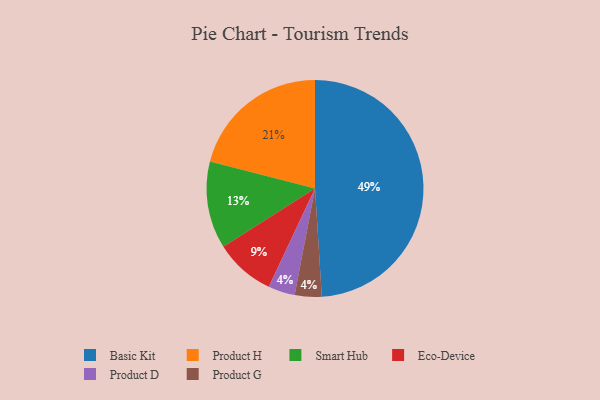
{"axis": {"x": "Category", "y": "Percentage"}, "legend": ["Basic Kit", "Eco-Device", "Product D", "Product G", "Product H", "Smart Hub"], "data": [{"x": "Product D", "y": 4, "type": "Product D"}, {"x": "Basic Kit", "y": 49, "type": "Basic Kit"}, {"x": "Eco-Device", "y": 9, "type": "Eco-Device"}, {"x": "Product G", "y": 4, "type": "Product G"}, {"x": "Smart Hub", "y": 13, "type": "Smart Hub"}, {"x": "Product H", "y": 21, "type": "Product H"}]}